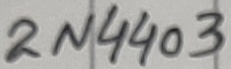
Text: 2N4403